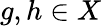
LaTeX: g,h\in X